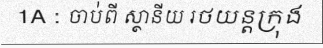
1A : ចាប់ពី ស្ថានីយ រថយន្តក្រុង